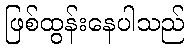
ဖြစ်ထွန်းနေပါသည်